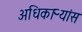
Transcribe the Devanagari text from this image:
अधिकाऱ्यांस